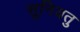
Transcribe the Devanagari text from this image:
सुनियतु